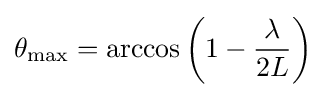
\theta _{\text{max}}=\arccos {\biggl (}1-{\frac {\lambda }{2L}}{\biggr )}